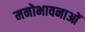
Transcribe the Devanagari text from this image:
मनोभावनाआें